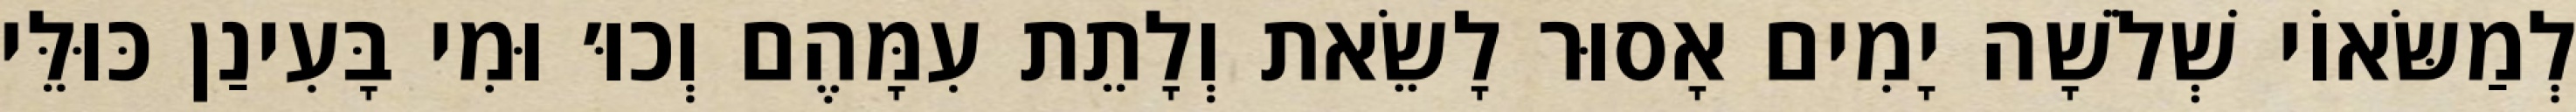
לְמַשּׂאוֹי שְׁלֹשָׁה יָמִים אָסוּר לָשֵׂאת וְלָתֵת עִמָּהֶם וְכוּ׳ וּמִי בָּעִינַן כּוּלֵּי